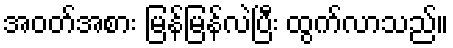
အဝတ်အစား မြန်မြန်လဲပြီး ထွက်လာသည်။